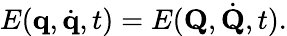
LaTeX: E(\mathbf{q},{\dot{\mathbf{q}}},t)=E(\mathbf{Q},{\dot{\mathbf{Q}}},t).